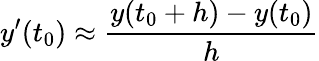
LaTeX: y^{\prime}(t_{0})\approx{\frac{y(t_{0}+h)-y(t_{0})}{h}}